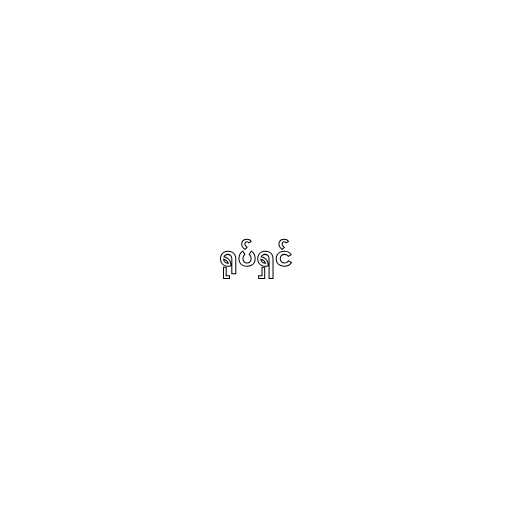
ရုပ်ရှင်